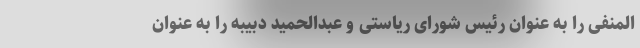
المنفی را به عنوان رئیس شورای ریاستی و عبدالحمید دبیبه را به عنوان